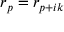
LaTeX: r _ { p } = r _ { p + i k }